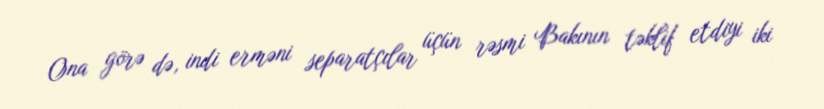
Ona görə də, indi erməni separatçılar üçün rəsmi Bakının təklif etdiyi iki